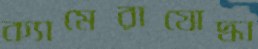
ক্যামেরাযোদ্ধা